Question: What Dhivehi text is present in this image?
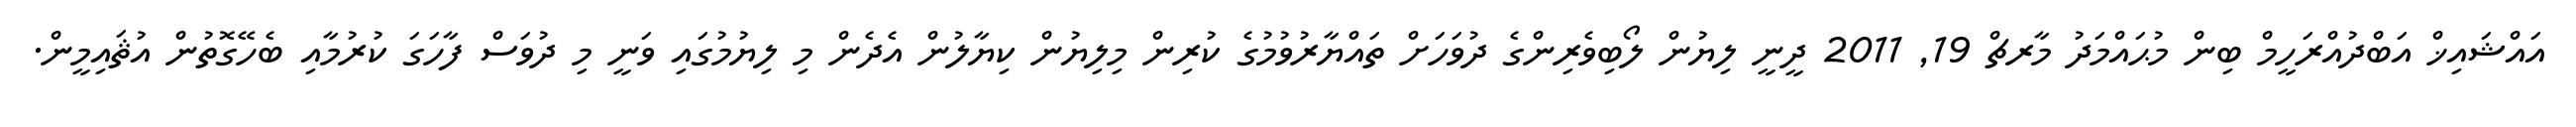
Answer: އައްޝައިޚް އަބްދުއްރަހީމް ބިން މުޙައްމަދު މާރޗް 19, 2011 ދީނީ ލިޔުން ލޯބިވެރިންގެ ދުވަހަށް ތައްޔާރުވުމުގެ ކުރިން މިލިޔުން ކިޔާލުން އެދެން މި ލިޔުމުގައި ވަނީ މި ދުވަސް ފާހަގަ ކުރުމާއި ބެހޭގޮތުން އުޘައިމީން.